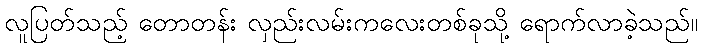
လူပြတ်သည့် တောတန်း လှည်းလမ်းကလေးတစ်ခုသို့ ရောက်လာခဲ့သည်။